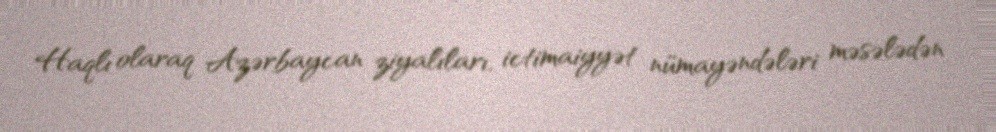
Haqlı olaraq Azərbaycan ziyalıları, ictimaiyyət nümayəndələri məsələdən